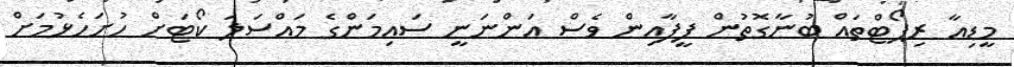
މީޑިއާ ރިޕޯޓްތައް ބުނާގޮތުން ފީފާއިން ވެސް އަންނަނީ ސައިމަންގެ މައްސަލަ ކޯޓަށް ހުށަހެޅުމަށް